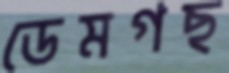
ডেমগছ